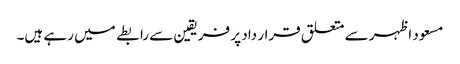
مسعود اظہر سے متعلق قرار داد پر فریقین سے رابطے میں رہے ہیں۔